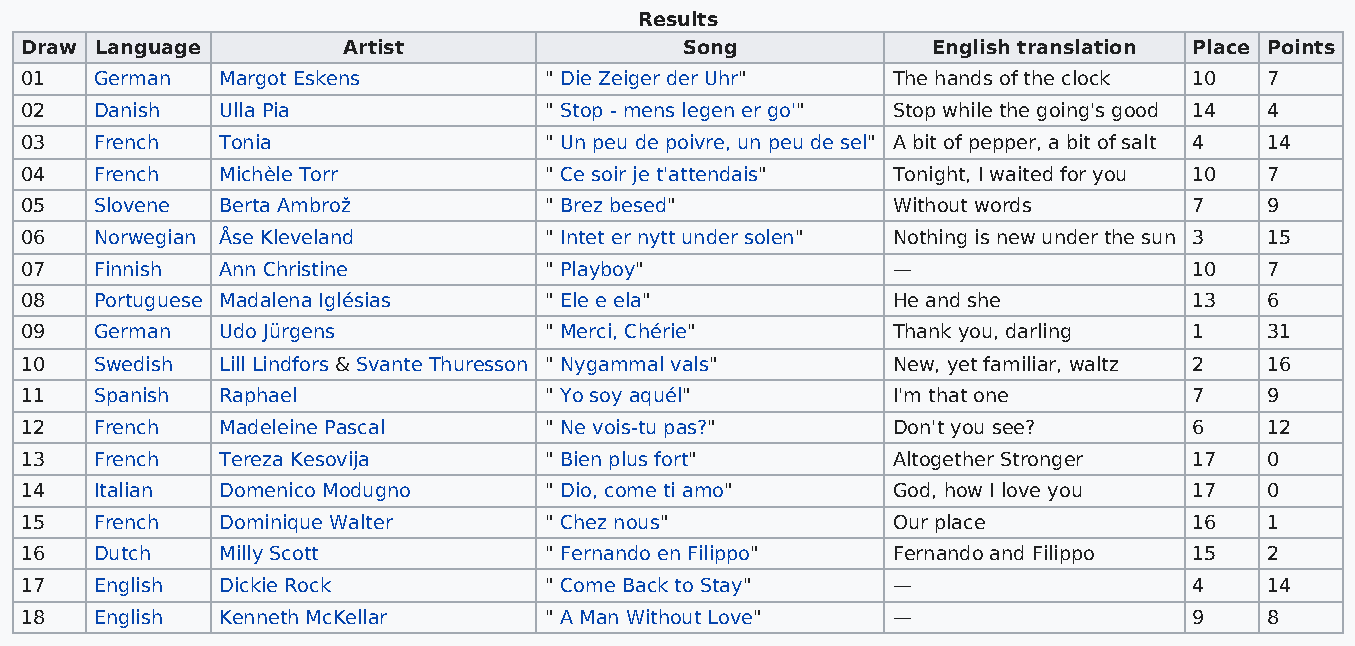
Results
 Draw Language         Artist                Song             English translation Place Points
 01   German  Margot Eskens         " Die Zeiger der Uhr"  The hands of the clock 10 7
 02   Danish  Ulla Pia              " Stop - mens legen er go'" Stop while the going's good 14 4
 03   French  Tonia                 " Un peu de poivre, un peu de sel" A bit of pepper, a bit of salt 4 14
 04   French  Michèle Torr          " Ce soir je t'attendais" Tonight, I waited for you 10 7
 05   Slovene Berta Ambrož          " Brez besed"          Without words       7    9
 06   Norwegian Åse Kleveland       " Intet er nytt under solen" Nothing is new under the sun 3 15
 07   Finnish Ann Christine         " Playboy"             —                   10   7
 08   Portuguese Madalena Iglésias  " Ele e ela"           He and she          13   6
 09   German  Udo Jürgens           " Merci, Chérie"       Thank you, darling  1    31
 10   Swedish Lill Lindfors & Svante Thuresson " Nygammal vals" New, yet familiar, waltz 2 16
 11   Spanish Raphael               " Yo soy aquél"        I'm that one        7    9
 12   French  Madeleine Pascal      " Ne vois-tu pas?"     Don't you see?      6    12
 13   French  Tereza Kesovija       " Bien plus fort"      Altogether Stronger 17   0
 14   Italian Domenico Modugno      " Dio, come ti amo"    God, how I love you 17   0
 15   French  Dominique Walter      " Chez nous"           Our place           16   1
 16   Dutch   Milly Scott           " Fernando en Filippo" Fernando and Filippo 15  2
 17   English Dickie Rock           " Come Back to Stay"   —                   4    14
 18   English Kenneth McKellar      " A Man Without Love"  —                   9    8